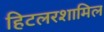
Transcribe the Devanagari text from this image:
हिटलरशामिल